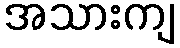
အသားကျ